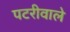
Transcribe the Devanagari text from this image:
पटरीवाले